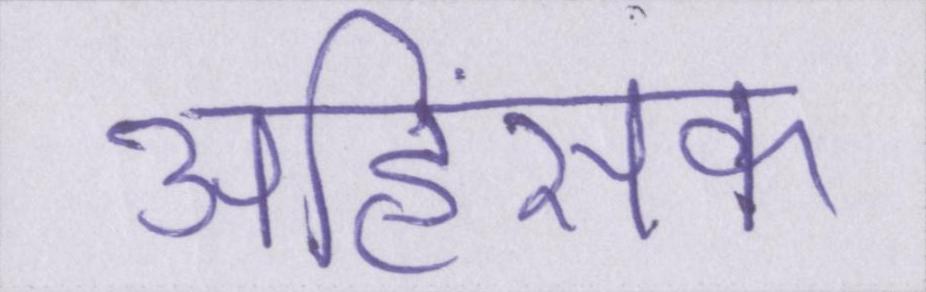
अहिंसक